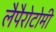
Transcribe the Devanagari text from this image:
लैपैरोटोमी